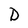
Character: D